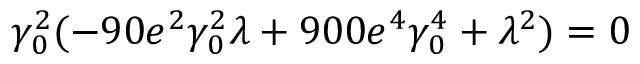
\gamma _ { 0 } ^ { 2 } ( - 9 0 e ^ { 2 } \gamma _ { 0 } ^ { 2 } \lambda + 9 0 0 e ^ { 4 } \gamma _ { 0 } ^ { 4 } + \lambda ^ { 2 } ) = 0